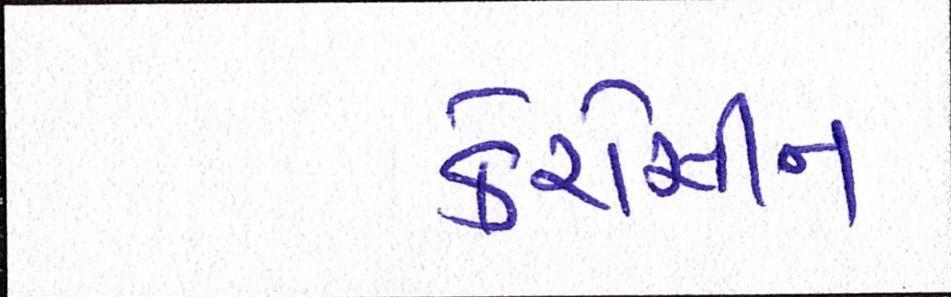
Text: કેરોસીન